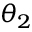
\theta _ { 2 }